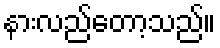
နားလည်တော့သည်။